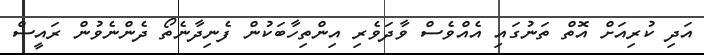
އަދި ކުރިއަށް އޮތް ތަނުގައި އެއްވެސް ވާދަވެރި އިންތިހާބަކުން ފެނިދާނެތޯ ދެންނެވުން ރައީސް